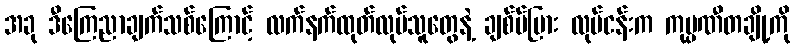
အခု ဒီကြေညာချက်သစ်ကြောင့် လက်နက်ထုတ်လုပ်သူတွေနဲ့ ချစ်ပ်ပြား လုပ်ငန်းက ကုမ္ပဏီတချို့ကို